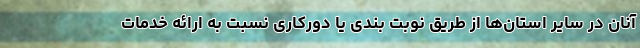
آنان در سایر استان‌ها از طریق نوبت بندی یا دورکاری نسبت به ارائه خدمات